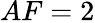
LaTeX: AF=2